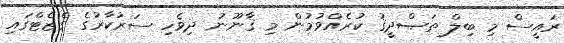
ރައީސް މި ބިލް ތަޞްދީޤު ކުރެއްވުމުން މި ޤާނޫނު ދިވެހި ސަރުކާރުގެ ގެޒެޓްގައި